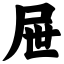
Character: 屉